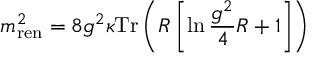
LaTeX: m _ { \mathrm { r e n } } ^ { 2 } = 8 g ^ { 2 } \kappa \mathrm { T r } \left( { \cal R } \left[ \ln \frac { g ^ { 2 } } { 4 } { \cal R } + 1 \right] \right)